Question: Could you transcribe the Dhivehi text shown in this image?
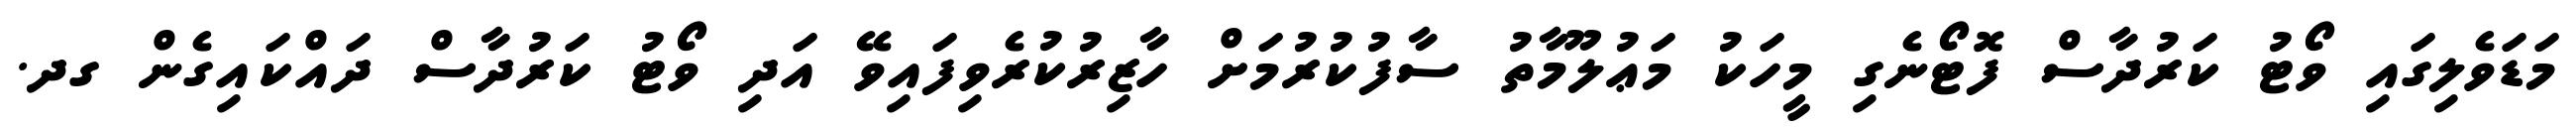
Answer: މަޑަވެލިގައި ވޯޓު ކަރުދާސް ފޮޓޯނެގި މީހަކު މަޢުލޫމާތު ސާފުކުރުމަށް ހާޒިރުކުރެވިފައިވޭ އަދި ވޯޓު ކަރުދާސް ދައްކައިގެން ގދ.